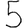
Digit: 5